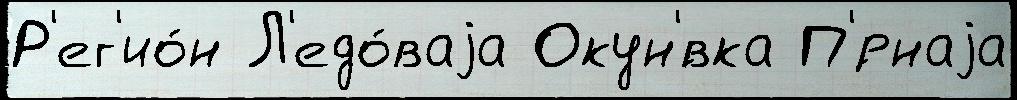
Р'ег'ио́н Л'едо́ваjа Окун'́вка П'́рнаjа